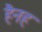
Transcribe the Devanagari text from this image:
हैनह